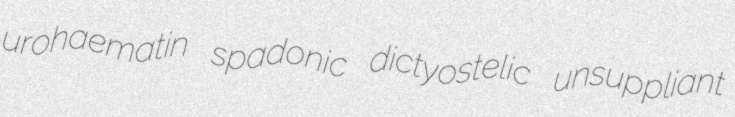
urohaematin spadonic dictyostelic unsuppliant